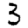
Digit: 3